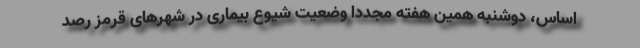
اساس، دوشنبه همین هفته مجدداً وضعیت شیوع بیماری در شهرهای قرمز رصد